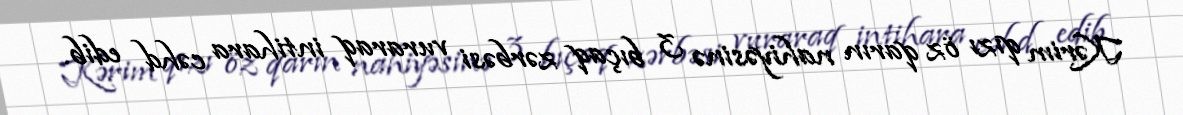
Kərim qızı öz qarın nahiyəsinə 3 bıçaq zərbəsi vuraraq intihara cəhd edib.